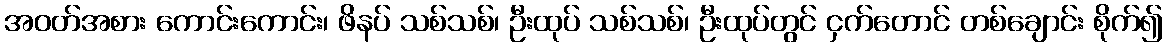
အဝတ်အစား ကောင်းကောင်း၊ ဖိနပ် သစ်သစ်၊ ဦးထုပ် သစ်သစ်၊ ဦးထုပ်တွင် ငှက်တောင် တစ်ချောင်း စိုက်၍